Vaccination North-Western Provinces and Oudh 1878-1895 - 1878-1895
Year: 1878
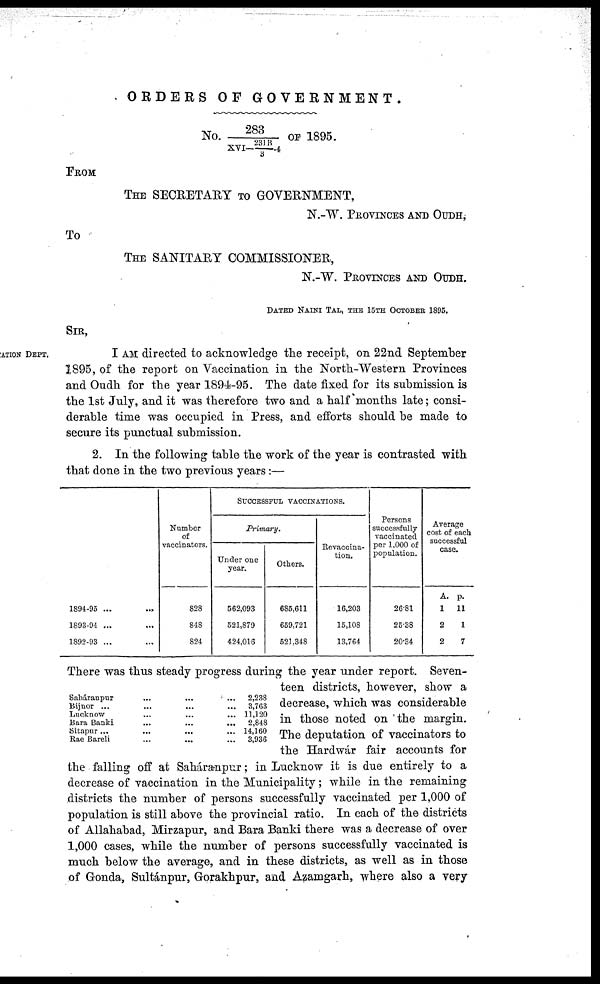
ORDERS OF
GOVERNMENT.
No. 283 / XVI-231B/3 -4 OF 1895.
FROM
THE SECRETARY TO GOVERNMENT,
N.-W. PROVINCES AND OUDH,
To
THE SANITARY COMMISSIONER,
N.-W. PROVINCES AND OUDH.
DATED NAINI TAL, THE 15TH OCTOBER 1895.
ATION DEPT.
SIR,
I AM directed to acknowledge the receipt, on 22nd September
1895, of the report on Vaccination in the North-Western Provinces
and Oudh for the year 1894-95. The date fixed for its submission is
the 1st July, and it was therefore two and a half months late; consi-
derable time was occupied in Press, and efforts should be made to
secure its punctual submission.
2. In the following table the work of the year is contrasted with
that done in the two previous years:—
1894-95 ... ...
1893-94 ... ...
1892-93 ... ...
Number
of
vaccinators.
828
848
824
SUCCESSFUL VACCINATIONS.
Primary.
Under one
year.
562,093
521,879
424,016
Others.
685,611
659,721
521,348
Revaccina-
tion.
16,203
15,108
13,764
Persons
successfully
vaccinated
per 1,000 of
population.
26.81
25.38
20.34
Average
cost of each
successful
case.
A.
1
2
2
p.
11
1
7
Saháranpur ... ... ...
Bijnor ... ... ... ...
Lucknow ... ... ...
Bara Banki ... ... ...
Sitapur
...
...
...
Rae Bareli ... ... ...
2,238
3,763
11,120
2,848
14,160
3,936
There was thus steady progress during the year under report. Seven-
teen districts, however, show a
decrease, which was considerable
in those noted on the margin.
The deputation of vaccinators to
the Hardwár fair accounts for
the falling off at Saháranpur; in Lucknow it is due entirely to a
decrease of vaccination in the Municipality ; while in the remaining
districts the number of persons successfully vaccinated per 1,000 of
population is still above the provincial ratio. In each of the districts
of Allahabad, Mirzapur, and Bara Banki there was a decrease of over
1,000 cases, while the number of persons successfully vaccinated is
much below the average, and in these districts, as well as in those
of Gonda, Sultánpur, Gorakhpur, and Azamgarh, where also a very